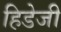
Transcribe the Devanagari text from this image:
हिडेजी